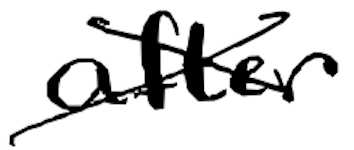
Text: after
Cross-out: mix
Writing tool: digital_black